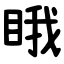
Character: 睋